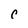
Character: r